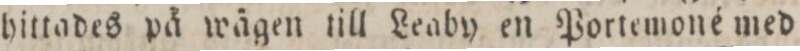
hittades på wägen till Leaby en Portemoné med